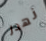
نهدر